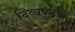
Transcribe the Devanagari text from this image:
दिव्यपुरुषों